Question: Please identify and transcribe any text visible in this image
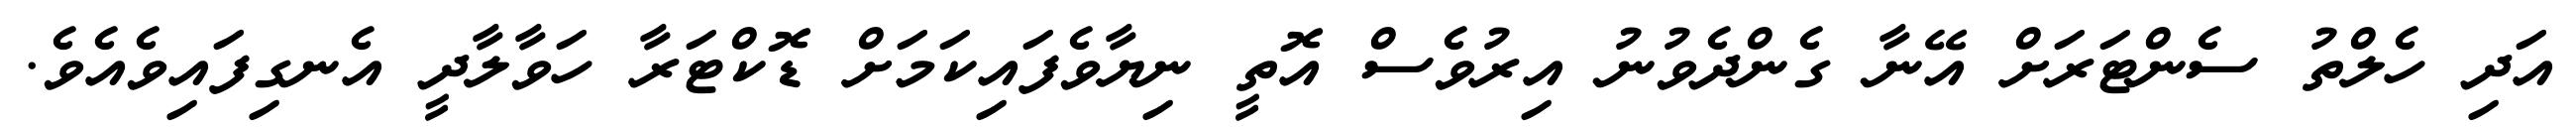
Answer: އަދި ހެލްތު ސެންޓަރަށް އޭނާ ގެންދެވުނު އިރުވެސް އޮތީ ނިޔާވެފައިކަމަށް ޑޮކްޓަރާ ހަވާލާދީ އެނގިފައިވެއެވެ.